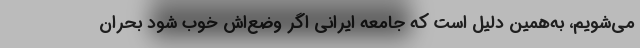
می‌شویم، به‌همین دلیل است که جامعه ایرانی اگر وضع‌اش خوب شود بحران